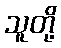
သူတို့